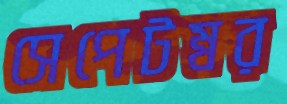
সেপেটম্বর